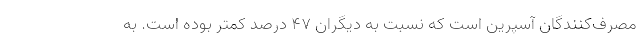
مصرف‌کنندگان آسپرین است که نسبت به دیگران ۴۷ درصد کمتر بوده است. به